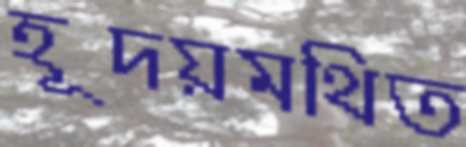
হূদয়মথিত